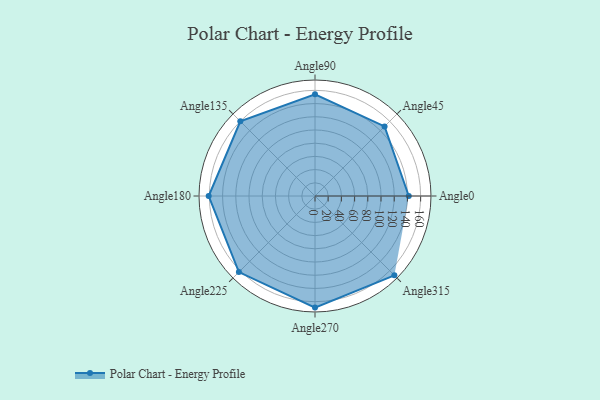
{"axis": {"x": "Angle", "y": "Radius"}, "legend": [""], "data": [{"x": "Angle0", "y": 142.0, "type": ""}, {"x": "Angle45", "y": 149.0, "type": ""}, {"x": "Angle90", "y": 154.0, "type": ""}, {"x": "Angle135", "y": 160.0, "type": ""}, {"x": "Angle180", "y": 161.0, "type": ""}, {"x": "Angle225", "y": 163.0, "type": ""}, {"x": "Angle270", "y": 169.0, "type": ""}, {"x": "Angle315", "y": 170, "type": ""}]}